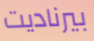
بيرناديت